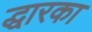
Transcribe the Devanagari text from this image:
द्धारका